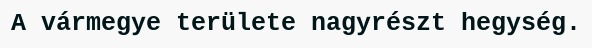
A vármegye területe nagyrészt hegység.